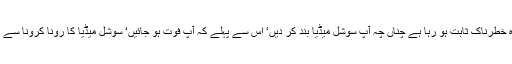
کیوں کہ موجودہ حالات میں ٹیلی ویژن اور سوشل میڈیا کرونا سے زیادہ خطرناک ثابت ہو رہا ہے چناں چہ آپ سوشل میڈیا بند کر دیں‘ اس سے پہلے کہ آپ فوت ہو جائیں‘ سوشل میڈیا کا رونا کرونا سے زیادہ خوف ناک اور مہلک ثابت ہو رہا ہے‘ باقی آپ خود سمجھ دار ہیں۔